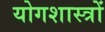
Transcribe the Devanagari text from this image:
योगशास्त्रों